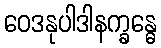
ဝေဒနုပါဒါနက္ခန္ဓေ